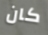
كان